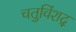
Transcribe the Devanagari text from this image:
चतुविंशद्